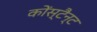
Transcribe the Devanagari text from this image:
कोंस्टैन्ट